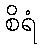
စိရံ